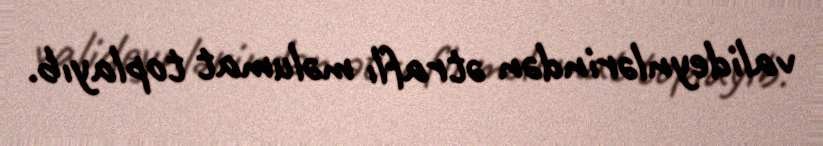
valideynlərindən ətraflı məlumat toplayıb.